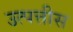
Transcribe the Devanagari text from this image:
उत्पत्तीस